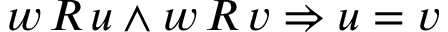
w \, R \, u \land w \, R \, v \Rightarrow u = v